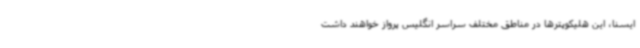
ایسنا، این هلیکوپترها در مناطق مختلف سراسر انگلیس پرواز خواهند داشت